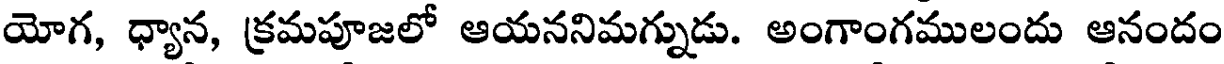
యోగ, ధ్యాన, క్రమపూజలో ఆయననిమగ్నుడు. అంగాంగములందు ఆనందం